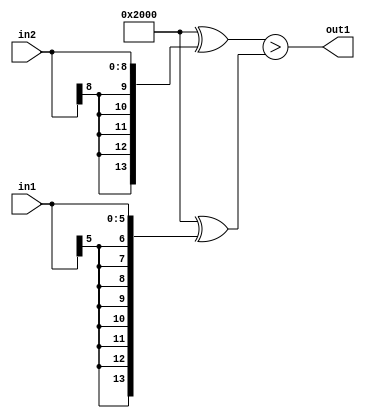
`timescale 1ps / 1ps
/*****************************************************************************
    Verilog RTL Description
    
    
    Created by: CellMath Designer 2019.1.01 
*******************************************************************************/

module float2fix_GreaterThan_9Sx6S_1U_1 (
	in2,
	in1,
	out1
	); /* architecture "behavioural" */ 
input [8:0] in2;
input [5:0] in1;
output  out1;
wire  asc001;

assign asc001 = ((14'B10000000000000 ^ {{5{in2[8]}}, in2})>(14'B10000000000000 ^ {{8{in1[5]}}, in1}));

assign out1 = asc001;
endmodule

/* CADENCE  ubn2SQw= : u9/ySgnWtBlWxVPRXgAZ4Og= ** DO NOT EDIT THIS LINE ******/